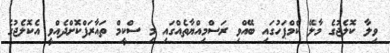
ވިލާ ކޮލެޖުގެ މާލޭ ކެމްޕަހުގައި ބޭއްވި ރަސްމިއްޔާތެއްގައި މި ސްކީމް ތައާރަފްކޮށްދެއްވީ އެކޮލެޖުގެ